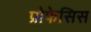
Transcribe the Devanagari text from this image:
प्रोफेसिस